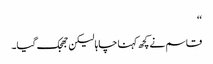
‘‘
قاسم نے کچھ کہنا چاہا لیکن جھجک گیا۔